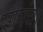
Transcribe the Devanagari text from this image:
रंगमंच।